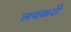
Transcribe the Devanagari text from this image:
लवकरी